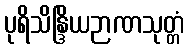
ပုရိသိန္ဒြိယဉာဏသုတ္တံ